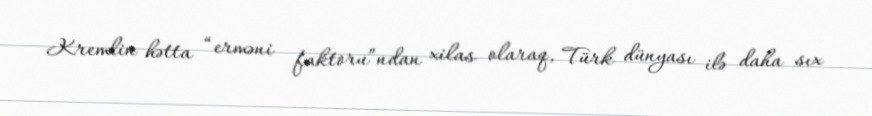
Kremlin hətta “erməni faktoru”ndan xilas olaraq, Türk dünyası ilə daha sıx